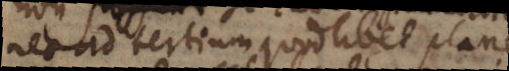
nec ad tertium quodlibet plane